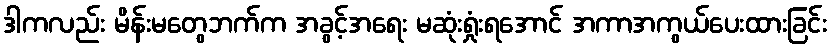
ဒါကလည်း မိန်းမတွေဘက်က အခွင့်အရေး မဆုံးရှုံးရအောင် အကာအကွယ်ပေးထားခြင်း